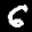
Label: 6